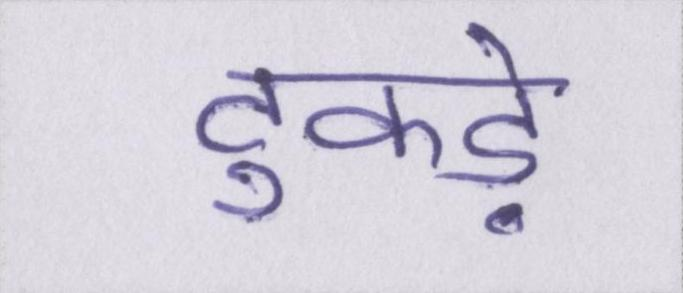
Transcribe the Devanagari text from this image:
टुकड़े